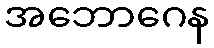
အဘောဂေန